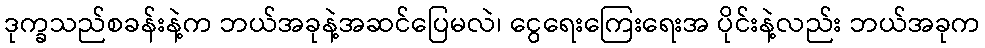
ဒုက္ခသည်စခန်းနဲ့က ဘယ်အခုနဲ့အဆင်ပြေမလဲ၊ ငွေရေးကြေးရေးအ ပိုင်းနဲ့လည်း ဘယ်အခုက